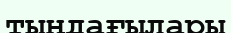
тыңдағылары